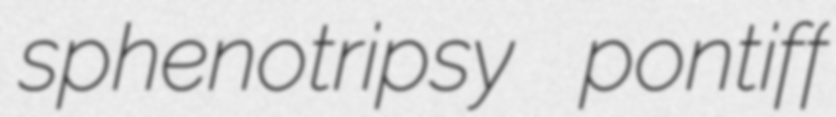
sphenotripsy pontiff